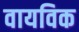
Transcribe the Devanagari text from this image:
वायविक